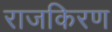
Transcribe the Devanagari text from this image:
राजकिरण